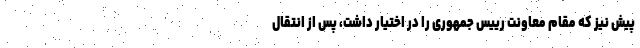
پیش نیز که مقام معاونت رییس جمهوری را در اختیار داشت، پس از انتقال